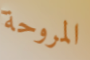
المروحة